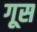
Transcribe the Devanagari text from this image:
गूस